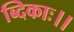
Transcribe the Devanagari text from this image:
ब्दिकाः।।